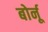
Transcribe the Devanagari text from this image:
बोर्नू